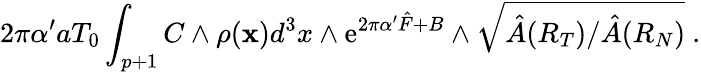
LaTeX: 2\pi\alpha^{\prime}aT_{0}\int_{p+1}C\wedge\rho({\mathbf x})d^{3}x\wedge\mathrm{e}^{2\pi\alpha^{\prime}{\hat{F}}+B}\wedge\sqrt{\hat{A}(R_{T})/\hat{A}(R_{N})}~.